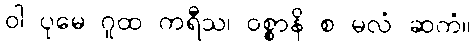
ဝါ ပုမေ ဂူထ ကရီသ၊ ဝစ္စာနိ စ မလံ ဆကံ။